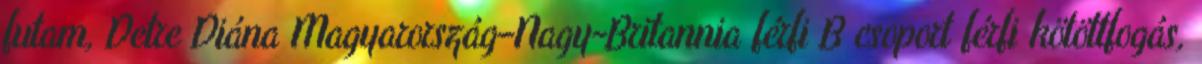
futam, Detre Diána Magyarország–Nagy-Britannia férfi B csoport férfi kötöttfogás,